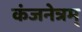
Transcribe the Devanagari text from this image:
कंजनेत्रम्‌